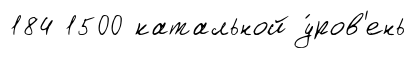
184 1500 катальной у́ров'ень